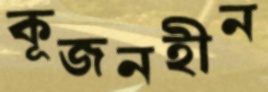
কূজনহীন